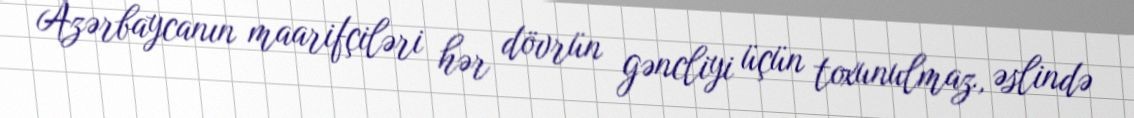
Azərbaycanın maarifçiləri hər dövrün gəncliyi üçün toxunulmaz, əslində